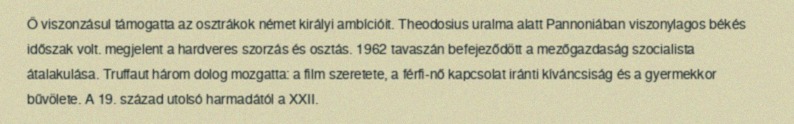
Ő viszonzásul támogatta az osztrákok német királyi ambícióit. Theodosius uralma alatt Pannoniában viszonylagos békés időszak volt. megjelent a hardveres szorzás és osztás. 1962 tavaszán befejeződött a mezőgazdaság szocialista átalakulása. Truffaut három dolog mozgatta: a film szeretete, a férfi-nő kapcsolat iránti kíváncsiság és a gyermekkor bűvölete. A 19. század utolsó harmadától a XXII.